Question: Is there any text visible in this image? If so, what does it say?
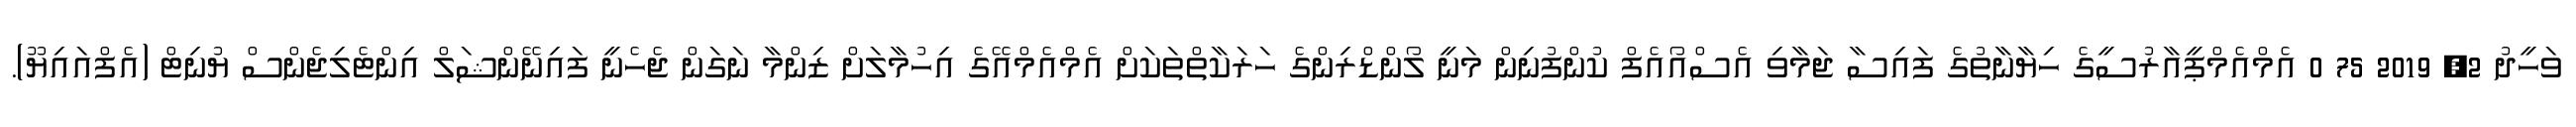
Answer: ވަހީދު 2, 2019 75 0 އެމްއެމްޕީއާރުސީގެ ހިޔާނާތުގެ ފައިސާ ޖަމާވި އެސްއޯއެފް ކުންފުނިން މަނީ ލޯންޑްރިންގެ ހަރަކާތްތަކަށް އެމްއެމްއޭގެ އިހުމާލަށް ޒިންމާ ނަގަން ޖެހެނީ ފައިނޭންޝަލް އިންޓެލިޖެންސް ޔުނިޓް (އެފްއައިޔޫ).